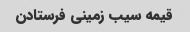
قیمه سیب زمینی فرستادن